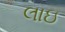
લાઇ